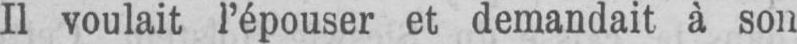
Il voulait l’épouser et demandait à son